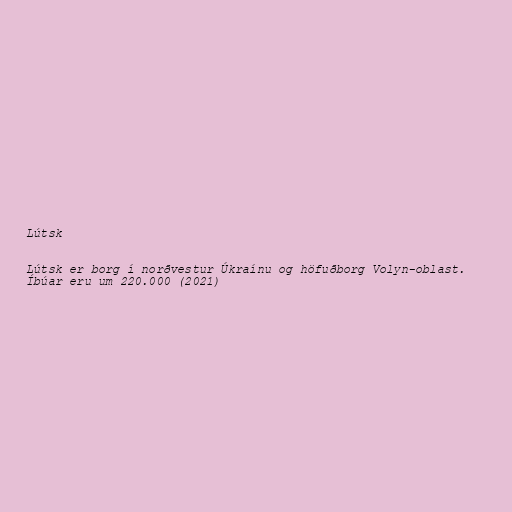
Lútsk

Lútsk er borg í norðvestur Úkraínu og höfuðborg Volyn-oblast.
Íbúar eru um 220.000 (2021)